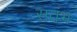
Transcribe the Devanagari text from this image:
सतंभ